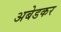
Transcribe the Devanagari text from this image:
अबेडकर